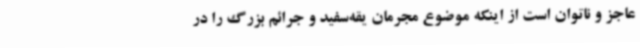
عاجز و ناتوان است از اینکه موضوع مجرمان یقه‌سفید و جرائم بزرگ را در